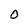
Character: 0